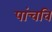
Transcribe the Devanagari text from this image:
पांचवि